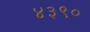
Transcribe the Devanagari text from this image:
४३९०